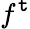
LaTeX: f^{\mathtt{t}}